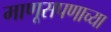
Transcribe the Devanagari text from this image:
माणूसपणाच्या